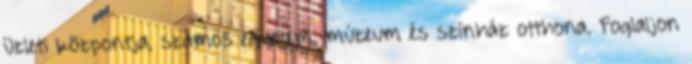
üzleti központja, számos egyetem, múzeum és színház otthona. Foglaljon